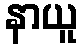
နာယူ